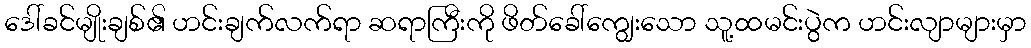
ဒေါ်ခင်မျိုးချစ်၏ ဟင်းချက်လက်ရာ ဆရာကြီးကို ဖိတ်ခေါ်ကျွေးသော သူ့ထမင်းပွဲက ဟင်းလျာများမှာ